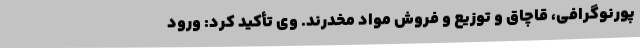
پورنوگرافی، قاچاق و توزیع و فروش مواد مخدرند. وی تأکید کرد: ورود